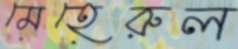
মেহেরুল